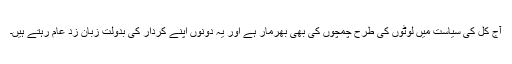
آج کل کی سیاست میں لوٹوں کی طرح چمچوں کی بھی بھرمار ہے اور یہ دونوں اپنے کردار کی بدولت زبان زدِ عام رہتے ہیں۔